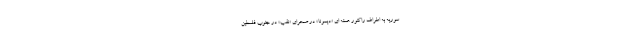
سوریه به اطراف راکتور هسته ای «دیمونا» در صحرای «نقب» در جنوب فلسطین